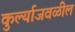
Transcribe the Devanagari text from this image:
कुर्ल्याजवळील